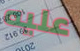
عليه